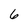
Character: 6